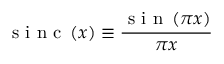
\textup { s i n c } \left( x \right) \equiv \frac { \textup { s i n } \left( \pi x \right) } { \pi x }